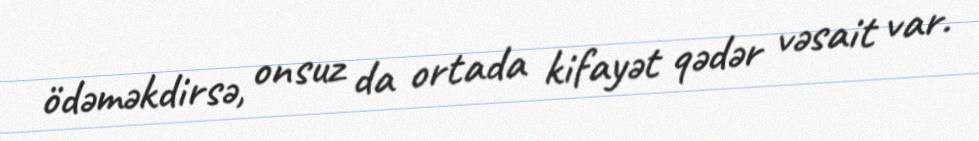
ödəməkdirsə, onsuz da ortada kifayət qədər vəsait var.